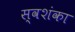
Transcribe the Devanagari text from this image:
स्वशंका